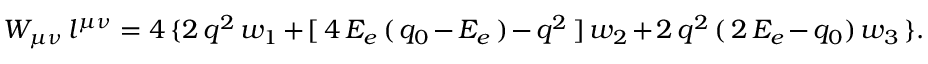
W _ { \mu \nu } \, l ^ { \mu \nu } = 4 \, \{ 2 \, q ^ { 2 } \, w _ { 1 } + [ \, 4 \, E _ { e } \, ( \, q _ { 0 } - E _ { e } \, ) - q ^ { 2 } \, ] \, w _ { 2 } + 2 \, q ^ { 2 } \, ( \, 2 \, E _ { e } - q _ { 0 } ) \, w _ { 3 } \, \} .